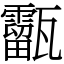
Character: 㽌